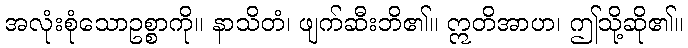
အလုံးစုံသောဥစ္စာကို။ နာသိတံ၊ ဖျက်ဆီးဘိ၏။ ဣတိအာဟ၊ ဤသို့ဆို၏။